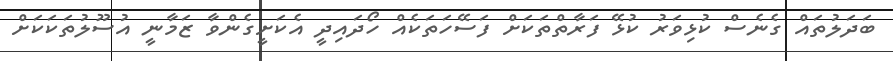
ބަދަލުތައް ގެނެސް ކުޅިވަރު ކުޅޭ ފަރާތްތަކަށް ފަސޭހަތަކެއް ހޯދައިދީ އެކަށީގެންވާ ޒަމާނީ އުސޫލުތަކަކަށް